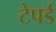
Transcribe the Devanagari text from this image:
टेपर्ड